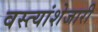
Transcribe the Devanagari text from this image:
वस्त्यांशेजारी